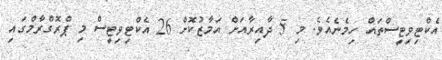
އެކްޓިވިޓީސްތައް ހިމެނެއެވެ. މި 5 ދާއިރާއަށް އަމާޒުކޮށް 26 އެކްޓިވިޓީސް މި ޕްރޮގްރާމްގައި